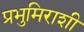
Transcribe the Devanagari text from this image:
प्रभुमिराशी